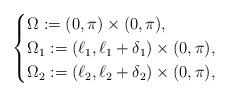
LaTeX: \begin{align*}\begin{cases}\Omega := (0,\pi)\times(0,\pi),\\\Omega_{1} := (\ell_{1},\ell_{1} + \delta_{1})\times (0,\pi), \\\Omega_{2} := (\ell_{2},\ell_{2} + \delta_{2})\times (0,\pi),\end{cases}\end{align*}